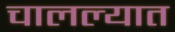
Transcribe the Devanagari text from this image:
चालल्यात